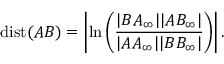
\operatorname { d i s t } ( A B ) = \left| \ln \left( { \frac { | B A _ { \infty } | | A B _ { \infty } | } { | A A _ { \infty } | | B B _ { \infty } | } } \right) \right| .